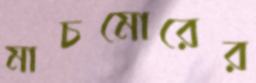
মাচমোরের